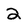
Character: 2